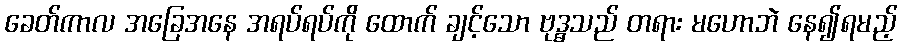
ခေတ်ကာလ အခြေအနေ အရပ်ရပ်ကို ထောက် ချင့်သော ဗုဒ္ဓသည် တရား မဟောဘဲ နေ၍ရမည့်